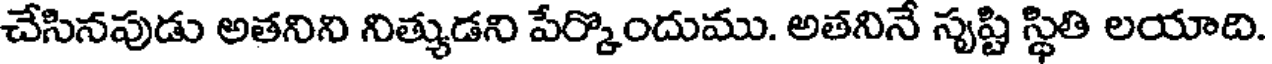
చేసినపుడు అతనిని నిత్యుడని పేర్కొందుము. అతనినే సృష్టి స్థితి లయాది.